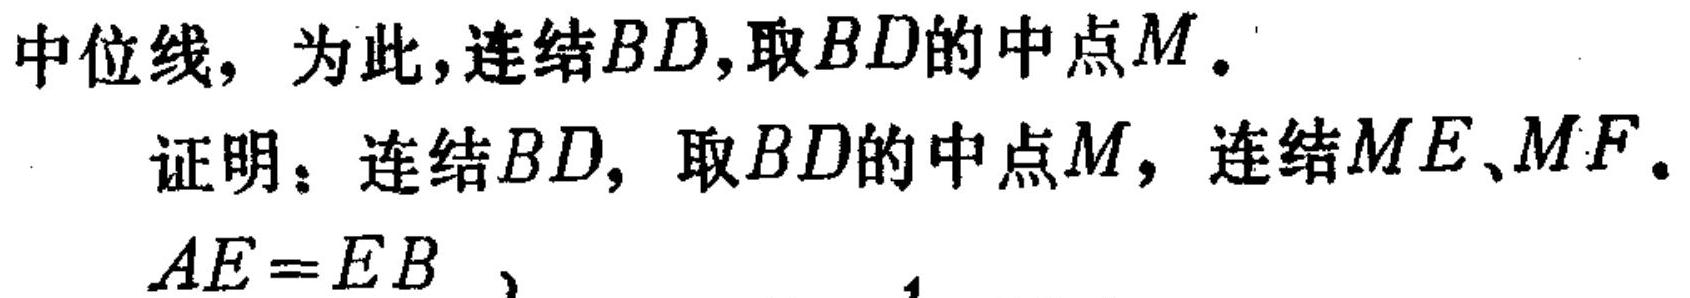
中位线，为此，连结\(BD\)，取\(BD\)的中点\(M\)。
证明：连结\(BD\)，取\(BD\)的中点\(M\)，连结\(ME\)、\(MF\)。
\(AE = EB\) ，